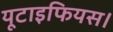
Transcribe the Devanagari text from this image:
यूटाइफियस।